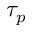
\tau _ { p }